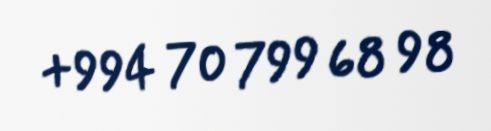
+994 70 799 68 98